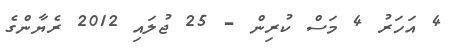
4 އަހަރު 4 މަސް ކުރިން - 25 ޖުލައި 2012 ރެޔާންގެ